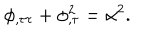
\phi _ { , \tau \tau } + \phi _ { , \tau } ^ { 2 } = \alpha ^ { 2 } .